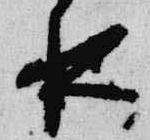
夜